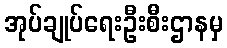
အုပ်ချုပ်ရေးဦးစီးဌာနမှ